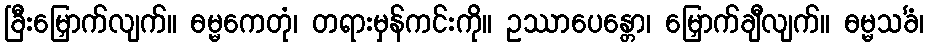
ခြီးမြှောက်လျက်။ ဓမ္မကေတုံ၊ တရားမှန်ကင်းကို။ ဥဿာပေန္တော၊ မြှောက်ချီလျက်။ ဓမ္မသင်္ခံ၊